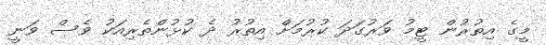
މީގެ އިތުރުން ޓީމު ވަރުގަދަ ކުރުމަށް އިތުރު ދެ ކުޅުންތެރިއަކު ވެސް ވަނީ